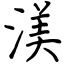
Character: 渼